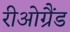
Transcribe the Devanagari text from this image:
रीओग्रैंड